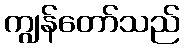
ကျွန်တော်သည်